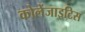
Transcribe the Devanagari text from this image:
कोलेंजाइटिस